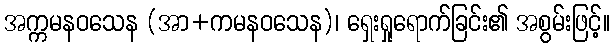
အက္ကမနဝသေန (အာ+ကမနဝသေန)၊ ရှေးရှုရောက်ခြင်း၏ အစွမ်းဖြင့်။